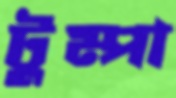
টুম্পা